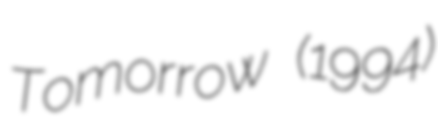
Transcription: Tomorrow (1994)